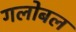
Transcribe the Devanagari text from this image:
गलोबल